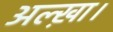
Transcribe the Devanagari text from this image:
अल्ख़ा।